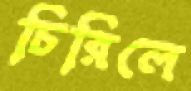
চিরিলে